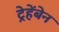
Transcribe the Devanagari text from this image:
ट्रेहेंबेन